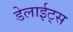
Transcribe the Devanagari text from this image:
डेलाईट्स